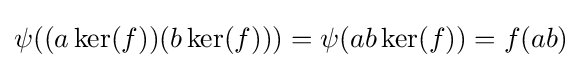
\psi ((a\ker(f))(b\ker(f)))=\psi (ab\ker(f))=f(ab)